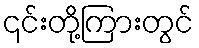
၎င်းတို့ကြားတွင်